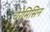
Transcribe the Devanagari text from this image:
चेरेमिसिन